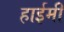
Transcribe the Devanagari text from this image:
हाईमी